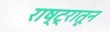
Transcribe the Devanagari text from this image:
राष्ट्रातून